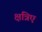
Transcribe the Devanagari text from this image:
क्षत्रिए